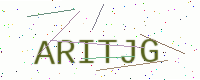
Text: ARITJG